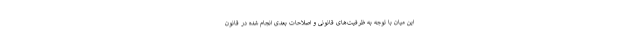
این میان با توجه به ظرفیت‌های قانونی و اصلاحات بعدی انجام شده در قانون